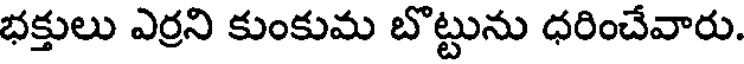
భక్తులు ఎర్రని కుంకుమ బొట్టును ధరించేవారు.